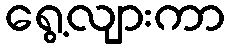
ရွေ့လျားကာ